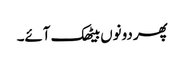
پھر دونوں بیٹھک آئے۔